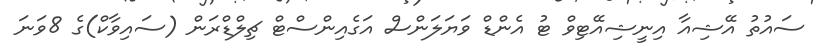
ސައުތު އޭޝިއާ އިނީޝިއޭޓިވް ޓު އެންޑް ވަޔަލަންސް އަގެއިންސްޓް ޗިލްޑްރަން (ސައިވާކް)ގެ 8ވަނަ